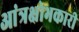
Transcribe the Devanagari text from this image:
आंत्रक्षोभकारी